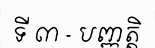
ទី ៣ - បញ្ញត្តិ